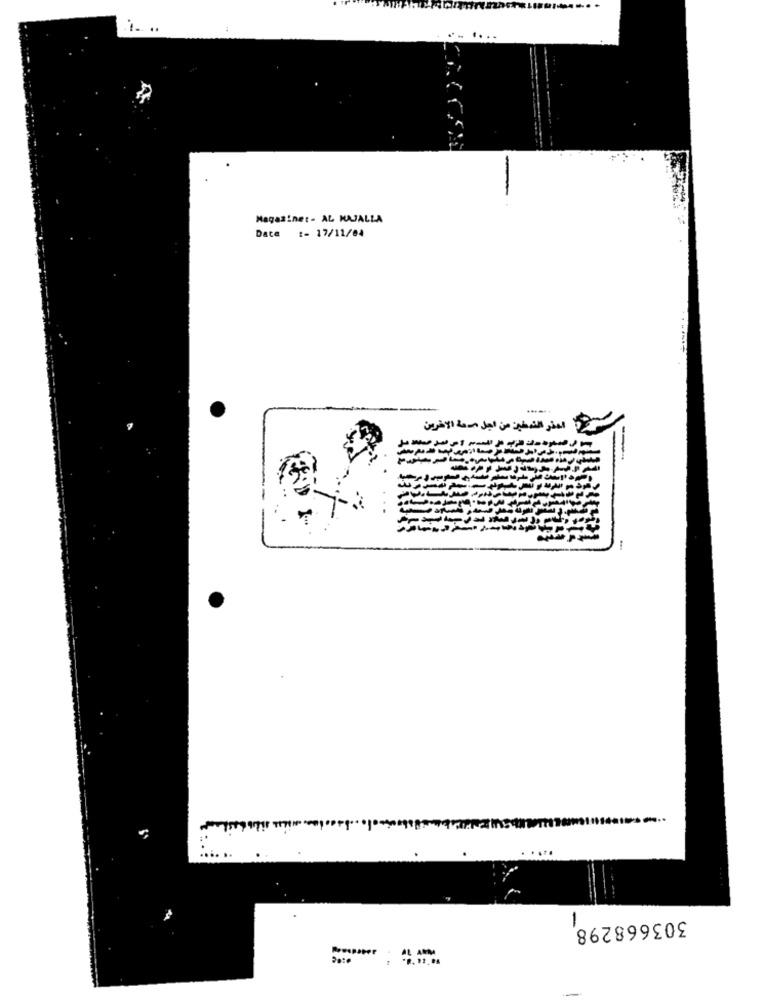
.. ....
Magasinet- AL MAJALLA
Date
:- 17/11/04
52: احذر النمطين من أجل صحة الآخرين
1
303668298